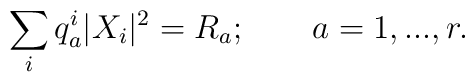
\sum_i q_a^i|X_i|^2=R_a; \qquad a=1,...,r.